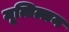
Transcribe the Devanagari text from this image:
मूत्तिल्लम